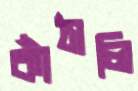
কাঁঠালি